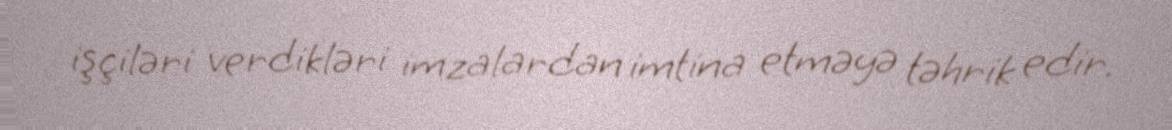
işçiləri verdikləri imzalardan imtina etməyə təhrik edir.